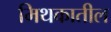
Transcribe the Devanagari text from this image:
मिथकातील